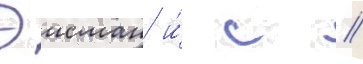
Эисман и́ с //